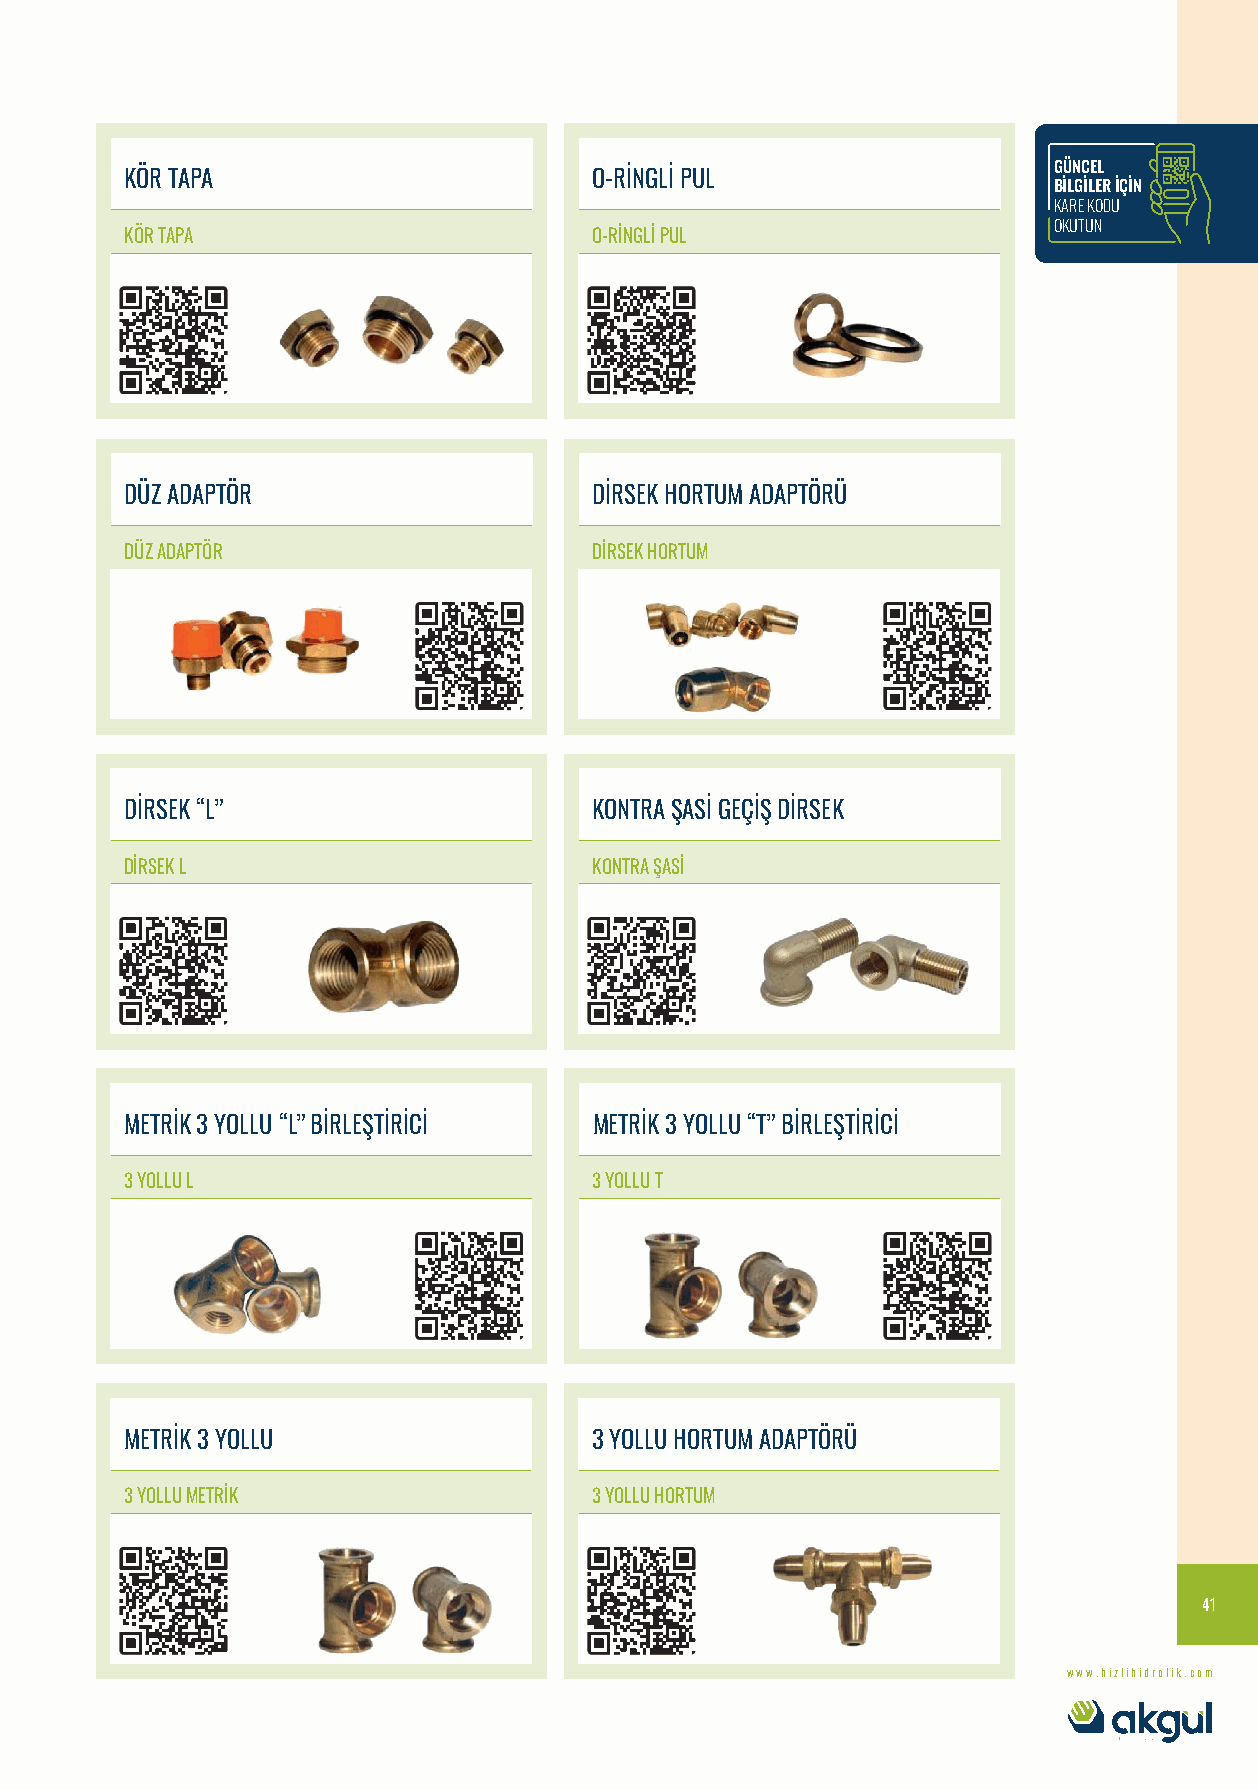
GÜNCEL
 KÖR TAPA                       O-RİNGLİ PUL
 BİLGİLER İÇİN
 KARE KODU
 OKUTUN
 KÖR TAPA                       O-RİNGLİ PUL
 DÜZ ADAPTÖR                    DİRSEK HORTUM ADAPTÖRÜ
 DÜZ ADAPTÖR                    DİRSEK HORTUM
 DİRSEK “L”                     KONTRA ŞASİ GEÇİŞ DİRSEK
 DİRSEK L                       KONTRA ŞASİ
 METRİK 3 YOLLU “L” BİRLEŞTİRİCİ METRİK 3 YOLLU “T” BİRLEŞTİRİCİ
 3 YOLLU L                      3 YOLLU T
 METRİK 3 YOLLU                 3 YOLLU HORTUM ADAPTÖRÜ
 3 YOLLU METRİK                 3 YOLLU HORTUM
 41
 www.hizlihidrolik.com